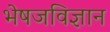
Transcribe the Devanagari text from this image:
भेषजविज्ञान